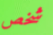
شخص